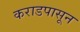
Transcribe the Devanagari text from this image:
कराडपासून